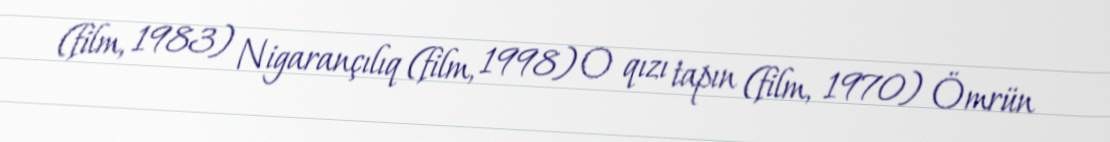
(film, 1983) Nigarançılıq (film, 1998) O qızı tapın (film, 1970) Ömrün